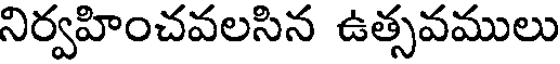
నిర్వహించవలసిన ఉత్సవములు